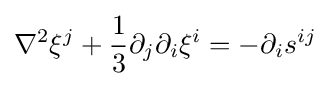
\nabla ^{2}\xi ^{j}+{\frac {1}{3}}\partial _{j}\partial _{i}\xi ^{i}=-\partial _{i}s^{ij}